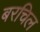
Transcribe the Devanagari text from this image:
बरचिल